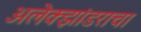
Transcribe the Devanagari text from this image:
अलेक्झांडराचा